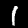
Digit: 1